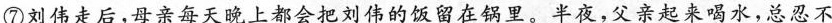
⑦刘伟走后，母亲每天晚上都会把刘伟的饭留在锅里。半夜，父亲起来喝水，总忍不